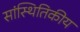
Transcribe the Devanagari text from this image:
सांस्थितिकीय